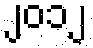
၂၀၁၂